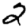
Digit: 2